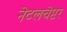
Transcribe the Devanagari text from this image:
नेटलचेप्टर